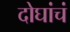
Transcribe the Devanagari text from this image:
दोघांचं